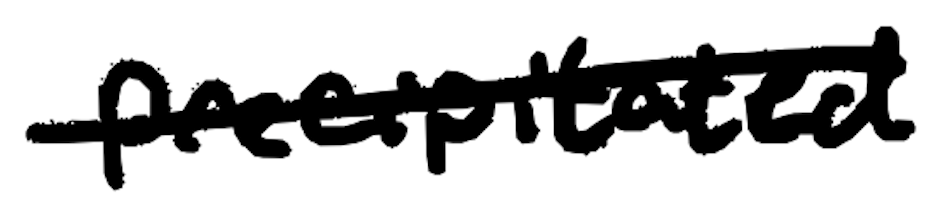
Text: precipitated
Cross-out: single-line
Writing tool: digital_black